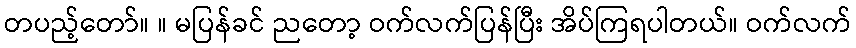
တပည့်တော်။ ။ မပြန်ခင် ညတော့ ဝက်လက်ပြန်ပြီး အိပ်ကြရပါတယ်။ ဝက်လက်